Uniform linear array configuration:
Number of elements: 8
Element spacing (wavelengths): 0.5
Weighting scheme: hamming
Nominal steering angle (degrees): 60
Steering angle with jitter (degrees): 59.222
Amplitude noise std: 0.05
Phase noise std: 0.05

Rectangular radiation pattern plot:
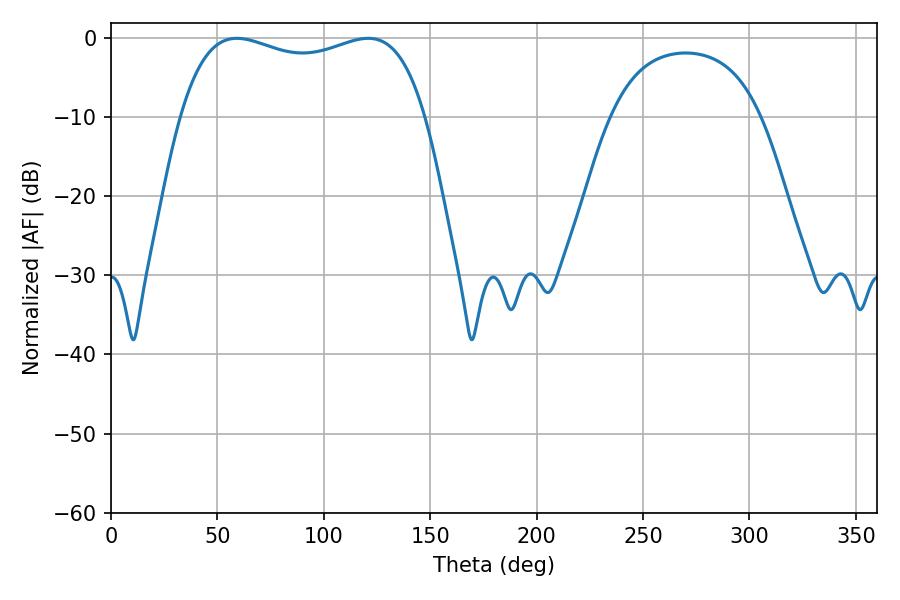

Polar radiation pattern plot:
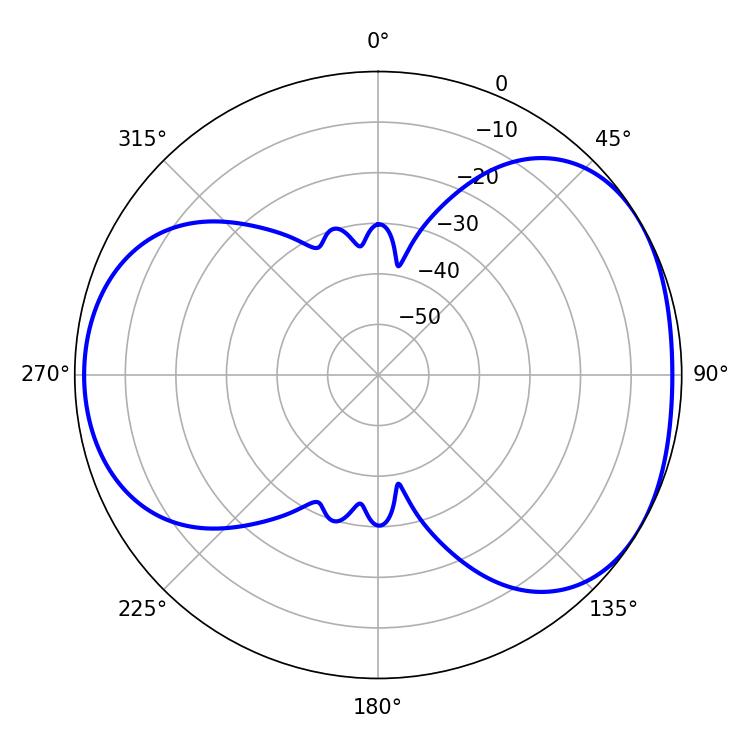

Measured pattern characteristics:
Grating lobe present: FALSE
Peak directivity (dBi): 4.371
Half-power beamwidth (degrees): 94.32
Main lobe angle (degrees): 59.22